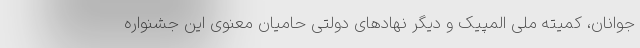
جوانان، کمیته ملی المپیک و دیگر نهادهای دولتی حامیان معنوی این جشنواره